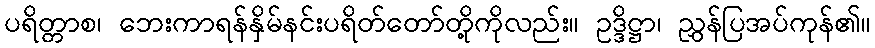
ပရိတ္တာစ၊ ဘေးကာရန်နှိမ်နင်းပရိတ်တော်တို့ကိုလည်း။ ဥဒ္ဒိဋ္ဌာ၊ ညွှန်ပြအပ်ကုန်၏။